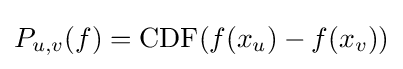
P_{u,v}(f)={\text{CDF}}(f(x_{u})-f(x_{v}))